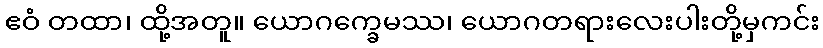
ဧဝံ တထာ၊ ထို့အတူ။ ယောဂက္ခေမဿ၊ ယောဂတရားလေးပါးတို့မှကင်း